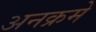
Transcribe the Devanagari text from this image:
अनक्रमे